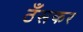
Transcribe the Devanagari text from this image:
ठँसकर